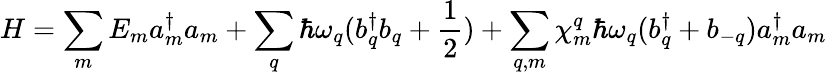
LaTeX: H=\sum_{m}E_{m}a_{m}^{\dagger}a_{m}+\sum_{q}\hbar\omega_{q}(b_{q}^{\dagger}b_{q}+\frac{1}{2})+\sum_{q,m}\chi_{m}^{q}\hbar\omega_{q}(b_{q}^{\dagger}+b_{-q})a_{m}^{\dagger}a_{m}